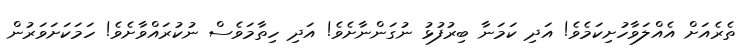
ތެރެއަށް އެއްލަވާހުށިކަމެވެ! އަދި ކަމަނާ ބިރުފުޅު ނުގަންނާށެވެ! އަދި ހިތާމަވެސް ނުކުރައްވާށެވެ! ހަމަކަށަވަރުން